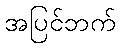
အပြင်ဘက်